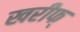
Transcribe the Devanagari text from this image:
खरीफ्